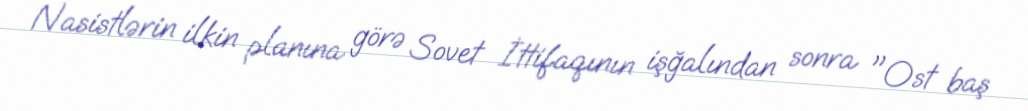
Nasistlərin ilkin planına görə Sovet İttifaqının işğalından sonra "Ost baş